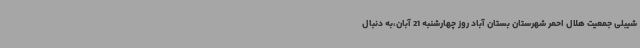
شیبلی جمعیت هلال احمر شهرستان بستان آباد روز چهارشنبه 21 آبان،به دنبال